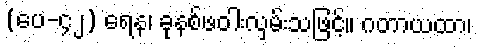
(ပေ-၄၂) ရေန၊ ခုနစ်ဖဝါးလှမ်းသဖြင့်။ ဂတာယထာ၊